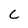
Character: C